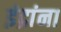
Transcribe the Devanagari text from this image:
इंद्रांना